Indian journal of veterinary science and animal husbandry - Volumes 15-17, 1948-1951
Year: 1948
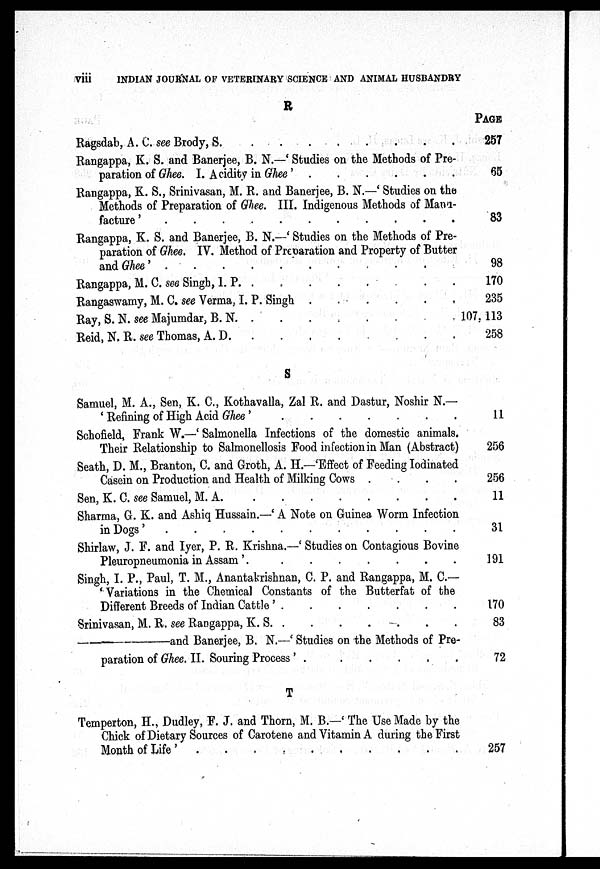
viii
INDIAN JOURNAL OF VETERINARY SCIENCE AND ANIMAL HUSBANDRY
R
Ragsdab A.C. see Brody, S. . . . . . . . .
Rangappa, K. S. and Banerjee, B. N.—'Studies on the Methods of Pre-
paration of Ghee. I. Acidity in
Ghee'.
.
.
.
.
Rangappa, K. S., Srinivasan, M. R. and Banerjee, B. N.—'Studies on the
Methods of Preparation of Ghee. III. Indigenous Methods of Manu-
facture'
.
.
.
.
.
.
.
.
Rangappa, K. S. and Banerjee, B. N.—'Studies on the Methods of Pre-
paration of Ghee. IV. Method of Preparation and Property of Butter
and
Ghee'.
.
.
.
Rangappa, M. C. see Singh, I. P.
.
.
.
.
.
.
.
.
Rangaswamy, M. C. see Verma, I. P. Singh . . . . . . . .
Ray, S. N. see Majumdar, B. N. . . . . . . . .
Reild, N. R. see Thomas, A.D. . . . . . . . .
S
Samuel, M. A., Sen, K. C., Kothavalla, Zal R. and Dastur, Noshir N.—
'Refining of High Acid Ghee'
.
.
.
.
Schofield, Frank W.—'Salmonella Infections of the domestic animals.
Their Relationship to Salmonellosis Food infection in Man (Abstract)
Seath, D. M., Branton, C. and Groth, A. H.—'Effect of Feeding Iodinated
Casein on Production and Health of Milking Cows . . . . . . . .
Sen, K. C. see Samuel, M. A. . . . . . . . .
Sharma, G. K. and Ashiq Hussain.—'A Note on Guinea. Worm Infection
in Dogs . . . . . . . .
Shirlaw, J. F. and Iyer, P. R. Krishna.—'Studies on Contagious Bovine
Pleuropneumonia in Assam'
.
.
.
.
.
.
.
.
Singh, I. P., Paul, T. M., Anantakrishnan, C. P. and Rangappa, M. C.—
'Variations in the Chemical Constants of the Butterfat of the
Different Breeds of Indian Cattle'
.
.
.
.
.
.
.
.
Srinivasan, M. B. see Rangappa, K. S
.
.
.
.
.
.
.
.
—and
Banerjee, B. N.—'Studies on the Methods of Pre-
paration of Ghee. II. Souring Process'
.
.
.
.
T
Temperton, H., Dudley, F. J. and Thorn, M. B.—'The Use Made by the
Chick of Dietary Sources of Carotene and Vitamin A during the First
Month of Life'
.
.
.
.
.
.
.
.
PAGE
257
65
83
98
170
235
107, 113
258
11
256
256
11
31
191
170
83
72
257